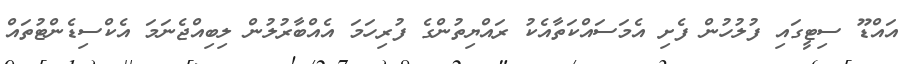
އައްޑޫ ސިޓީގައި ފުލުހުން ފެށި އެމަސައްކަތާއެކު ރައްޔިތުންގެ ފުރިހަމަ އެއްބާރުލުން ލިބިއްޖެނަމަ އެކްސިޑެންޓުތައް